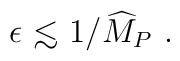
\epsilon  {\ \lower-1.2pt\vbox{\hbox{\rlap{$<$}\lower5pt\vbox{\hbox{$\sim$}}}}\ } 1/{\widehat M}_P~.